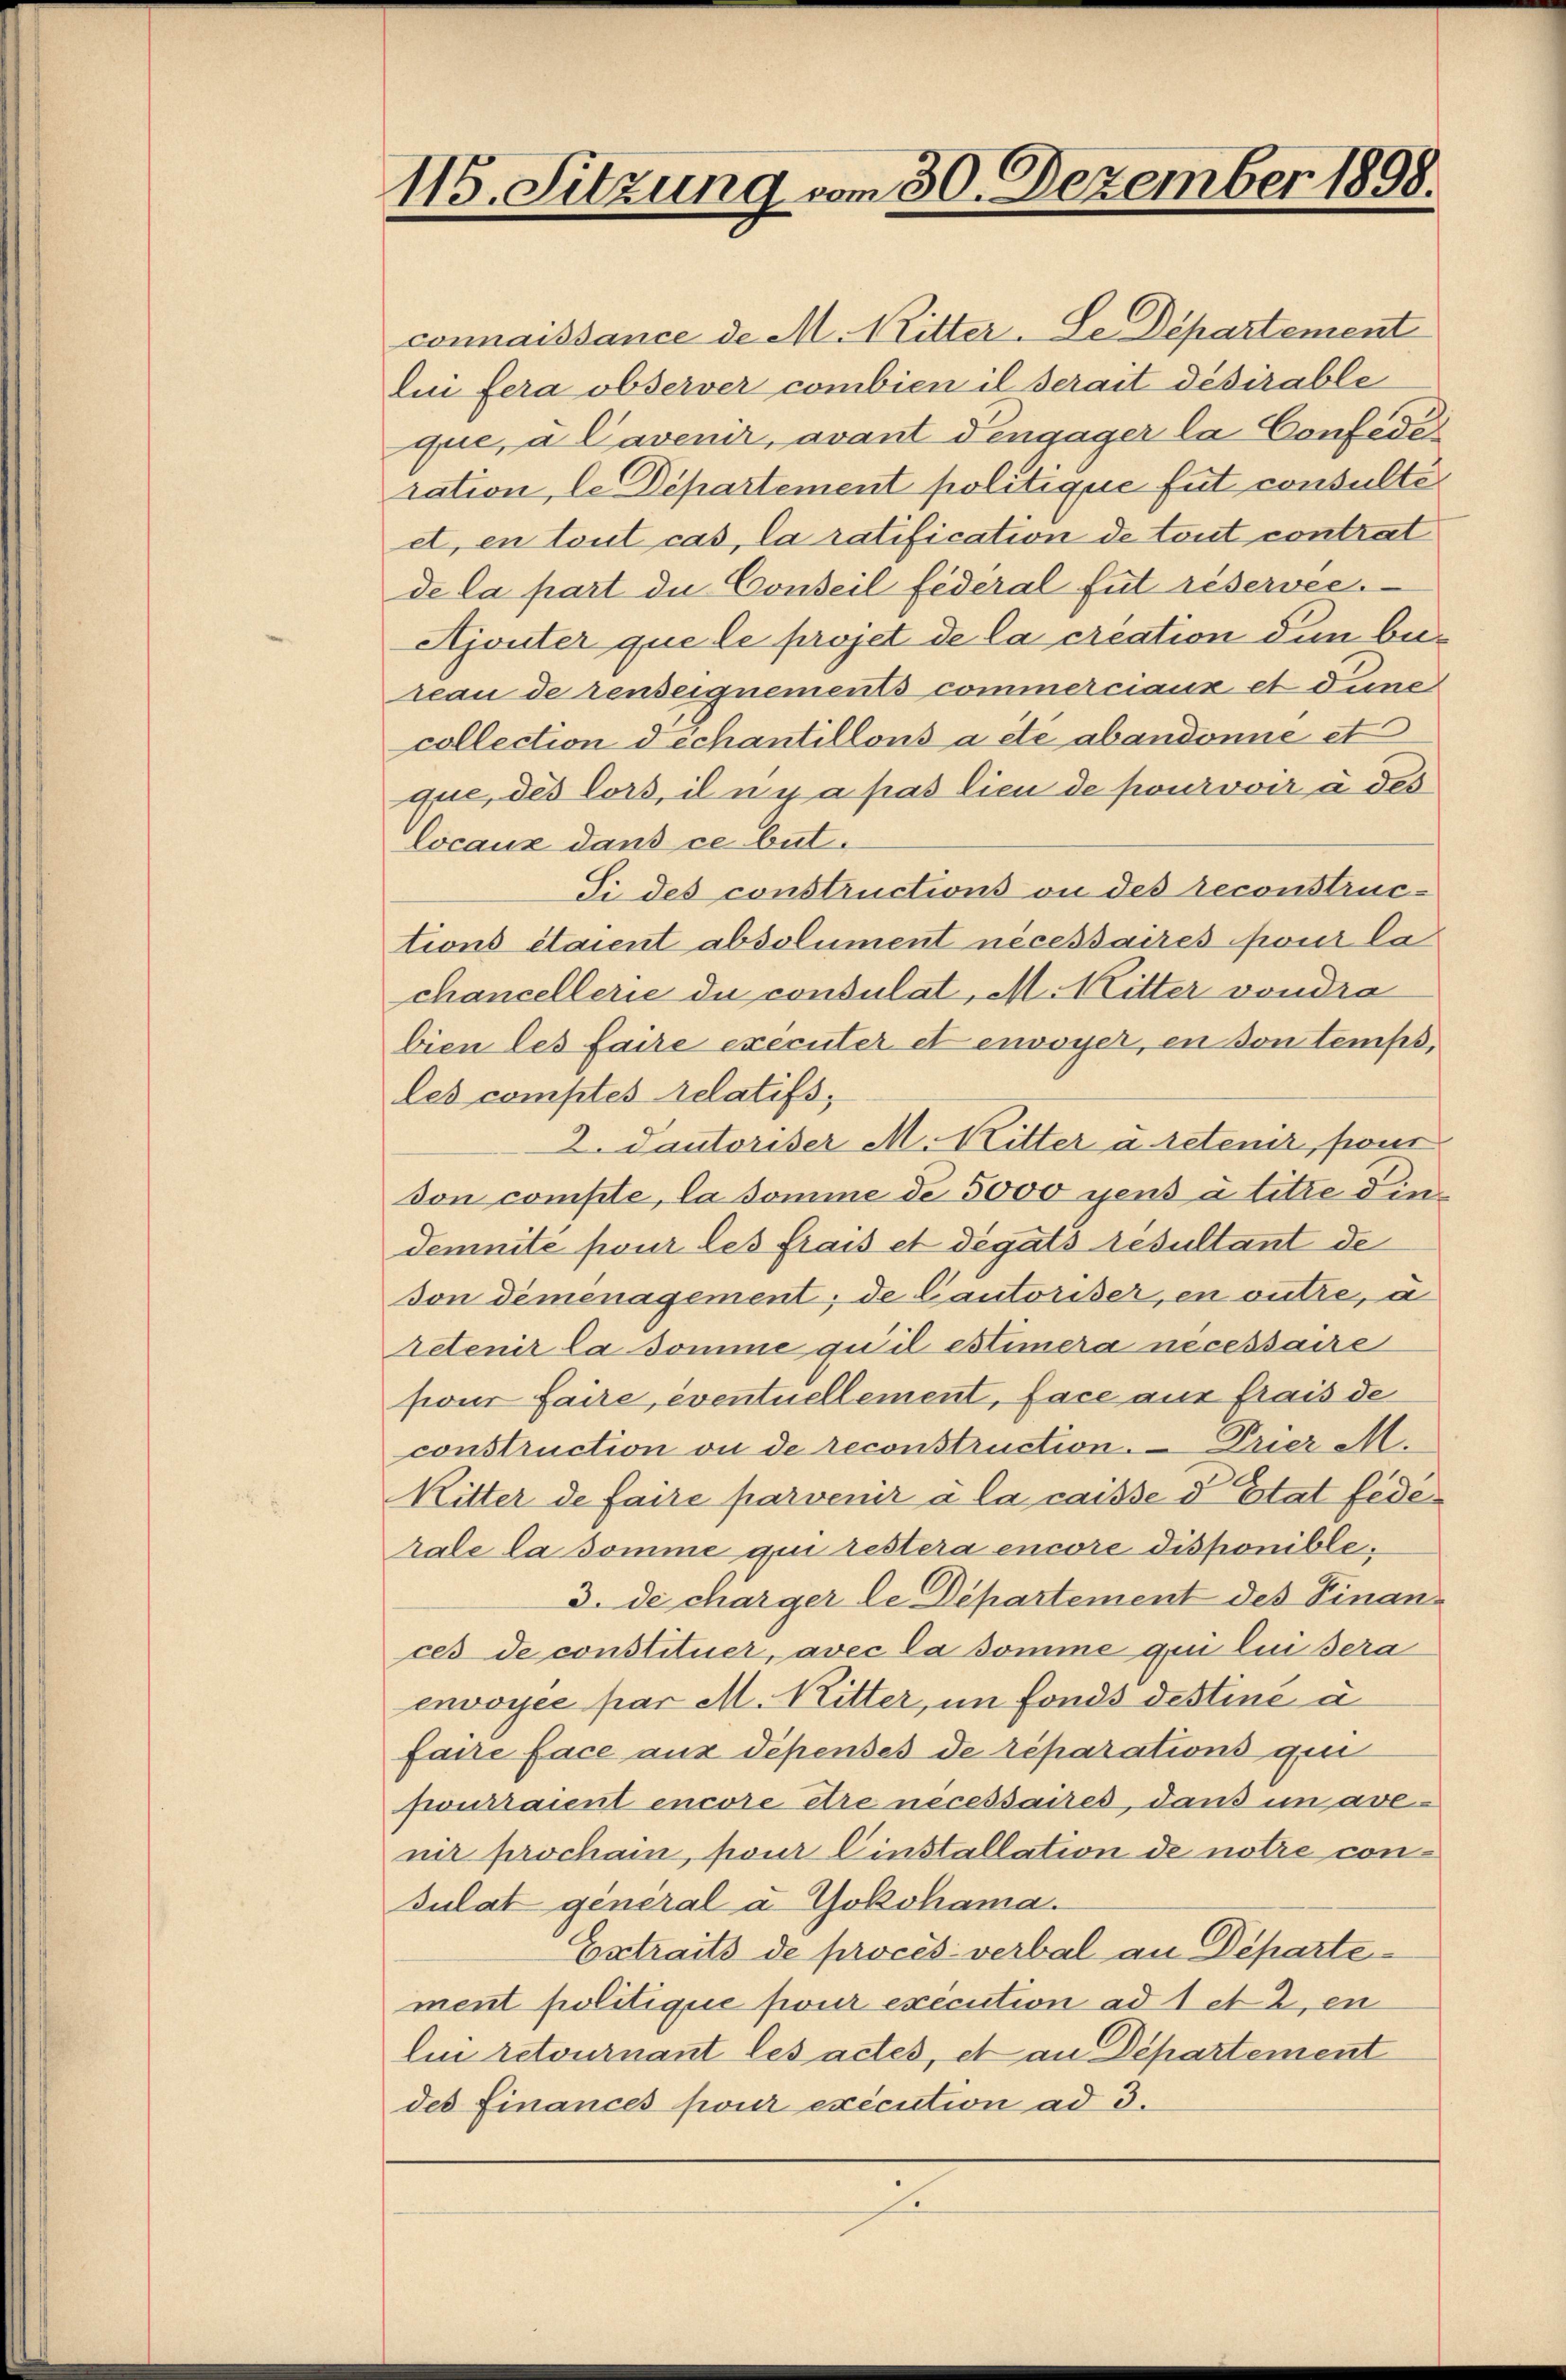
115. Sitzung vom 30. Dezember 1898.

connaissance de M. Mitter. Le Departement
lui fera observer combien il serait désirable
que, à Cavenir, avant Pengager la Confede
sation, le Departement politique fut consultiet, en tout cas, la ratification de tout contrat
de la part du Conseil federal fut réservée.
Ajouter que le projet de la creation den bereau de renseignements commerciaux et dune
collection déchantillons à ete abandonne st
que, des Cors, il n y a pas lieu de pourvoir à des
locaux dans ce but.
Si des constructions ou des reconstruc-
tions étaient absolument nécessaires four la
chancellerie du consulat, M. Mitter vondra
bien les faire exécuter et envoyer, en son temps,
les comptés relatifs,
2. Dautoriser M. Ritter u retener, pour
von compte, la domine de 5000 gens a titre dindemnité pour les frais et dégats résultant de
don demenagement; de Cautoriser, en outre, a
retenir la somme qu’il estimera necessaire
sions faire, eventuellement, face aus frais de
construction ou de reconstruction. Drier M.
Ritter de faire parvenir à la caisse d Etat fede
rale la somme qui restera encore disponible,
3. de charger le Departement des Finances de constituer, avec la somme qui lui sera
envoyée par M. Ritter, im Fonds destiné à
faire face aus depenses de réparations qui
pourraient encore être nécessaires, dans in avenir prochain, pour Einstallation de notre condulat general à Yokohama.
Extraits de procès-verbal an Departement politique pour execution ad 1 et 2, en
Ein retournant les actes, et an Departement
des Finances pour execution ad 3.
2